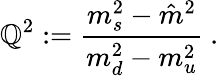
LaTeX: \mathbb{Q}^{2}:=\displaystyle\frac{{m_{s}^{2}-\hat{{m}}^{2}}}{{m_{d}^{2}-m_{u}^{2}}}~.